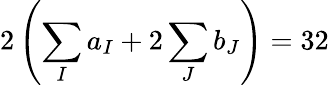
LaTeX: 2\left(\sum_{I}a_{I}+2\sum_{J}b_{J}\right)=32